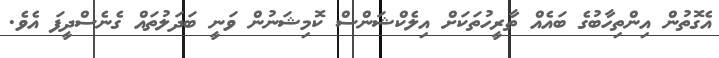
އެގޮތުން އިންތިހާބުގެ ބައެއް ތާރީހުތަކަށް އިލެކްޝަންސް ކޮމިޝަނުން ވަނީ ބަދަލުތައް ގެނެސްދީފަ އެވެ.